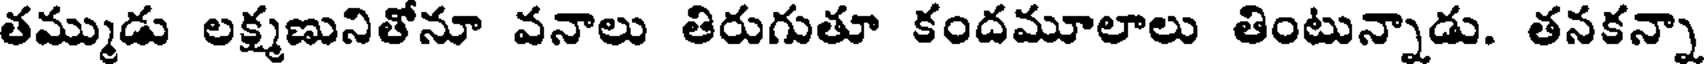
తమ్ముడు లక్ష్మణునితోనూ వనాలు తిరుగుతూ కందమూలాలు తింటున్నాడు. తనకన్నా